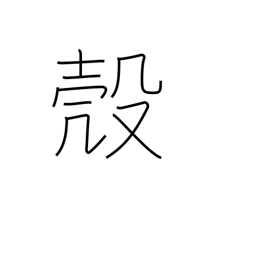
Meaning: nut shell